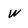
Character: w